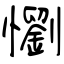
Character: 懰